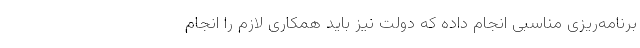
برنامه‌ریزی مناسبی انجام داده که دولت نیز باید همکاری لازم را انجام